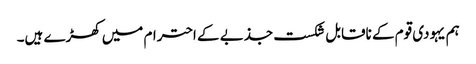
ہم یہودی قوم کے ناقابل شکست جذبے کے احترام میں کھڑے ہیں۔